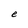
Character: e